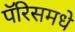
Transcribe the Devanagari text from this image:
पॅरिसमधे